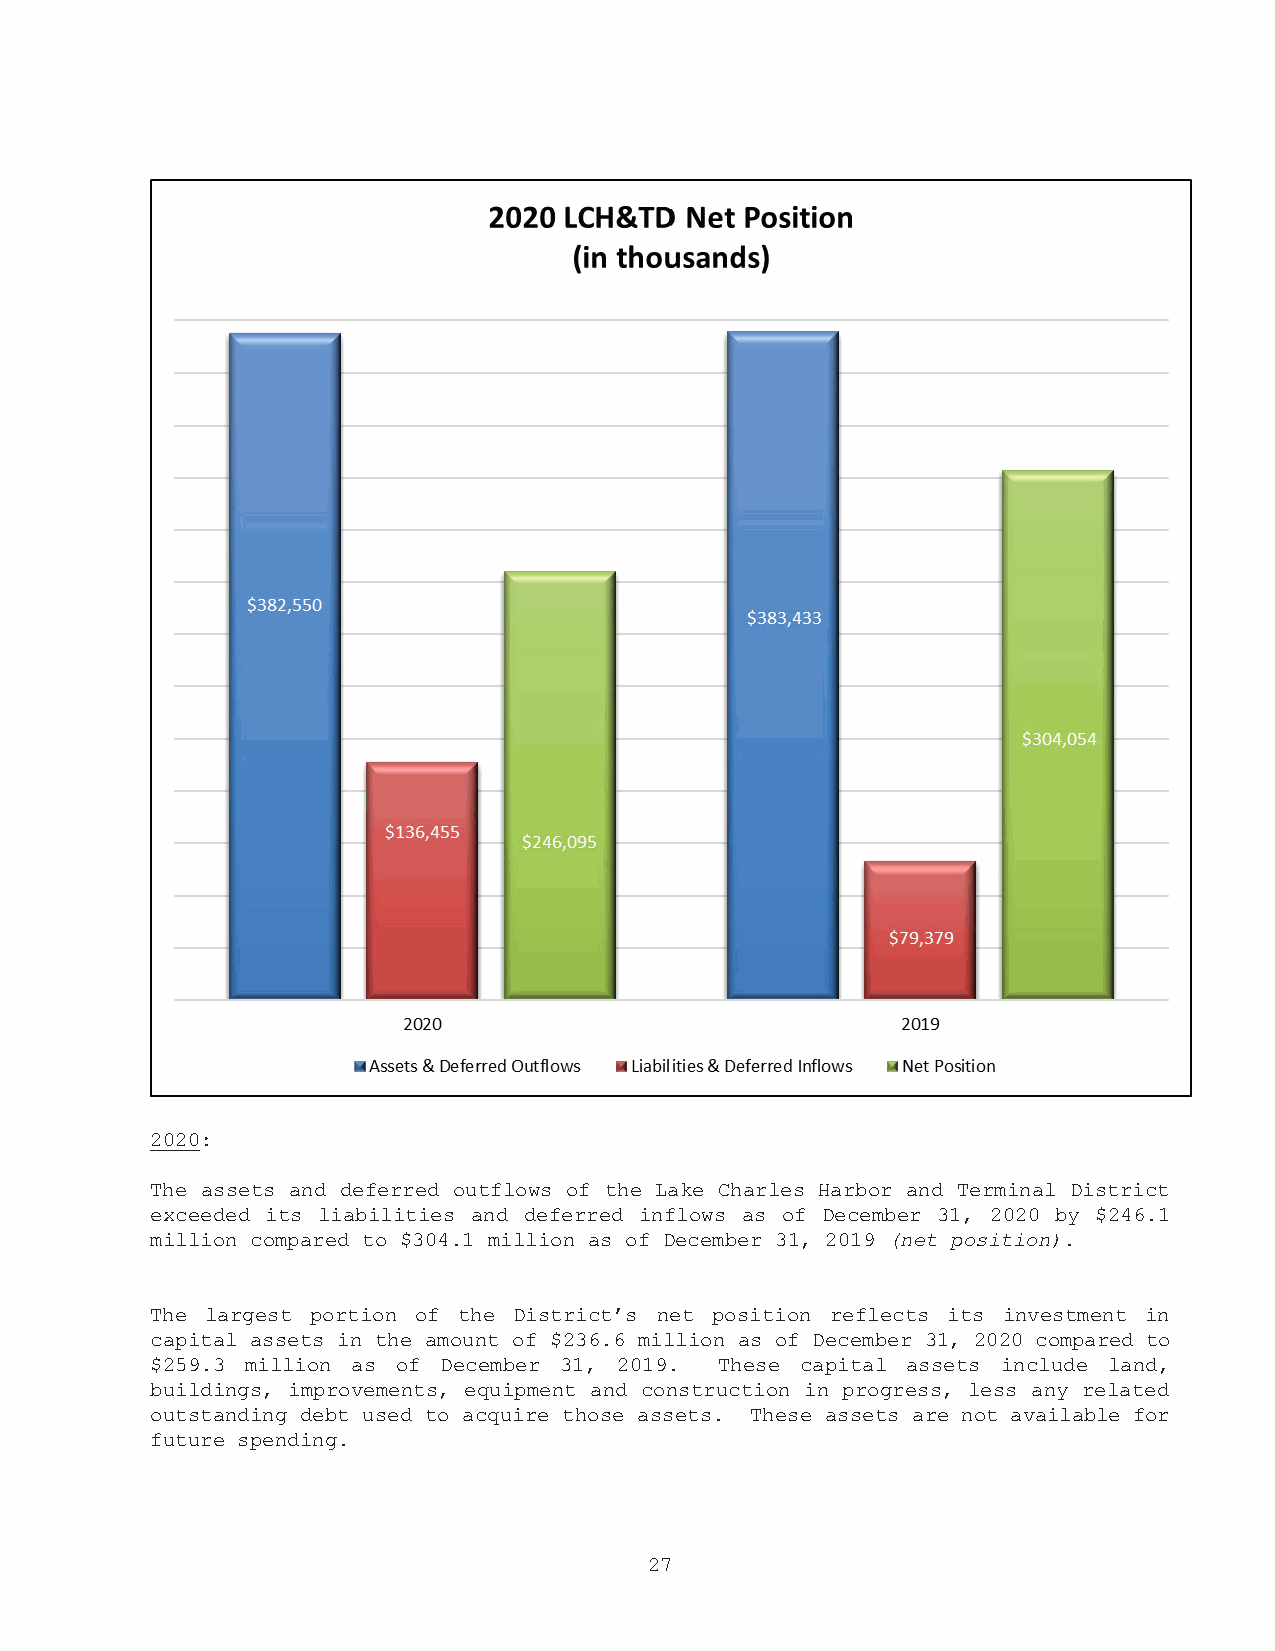
2020:
 The assets and deferred outflows of the Lake Charles Harbor and Terminal District
 exceeded its liabilities and deferred inflows as of December 31, 2020 by $246.1
 (net position).
 million compared to $304.1 million as of December 31, 2019
 The largest portion of the District’s net position reflects its investment in
 capital assets in the amount of $236.6 million as of December 31, 2020 compared to
 $259.3 million as of December 31, 2019. These capital assets include land,
 buildings, improvements, equipment and construction in progress, less any related
 outstanding debt used to acquire those assets. These assets are not available for
 future spending.
 27